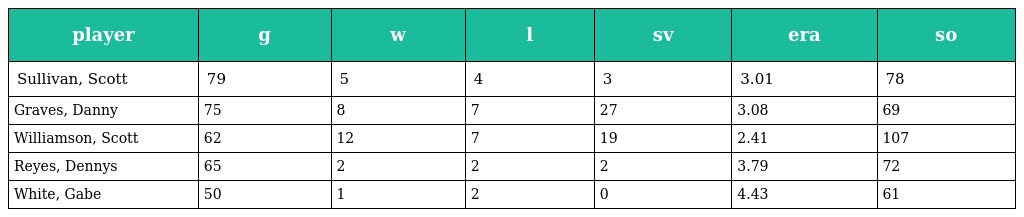
| player | g | w | l | sv | era | so |
 | --- | --- | --- | --- | --- | --- | --- |
 | Sullivan, Scott | 79 | 5 | 4 | 3 | 3.01 | 78 |
 | Graves, Danny | 75 | 8 | 7 | 27 | 3.08 | 69 |
 | Williamson, Scott | 62 | 12 | 7 | 19 | 2.41 | 107 |
 | Reyes, Dennys | 65 | 2 | 2 | 2 | 3.79 | 72 |
 | White, Gabe | 50 | 1 | 2 | 0 | 4.43 | 61 |